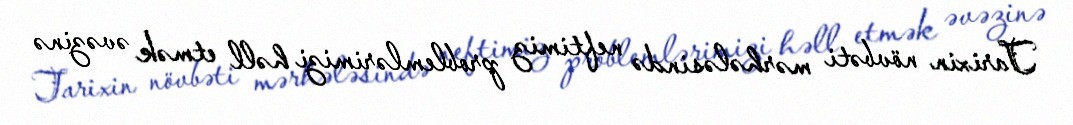
Tarixin növbəti mərhələsində neftimiz problemlərimizi həll etmək əvəzinə